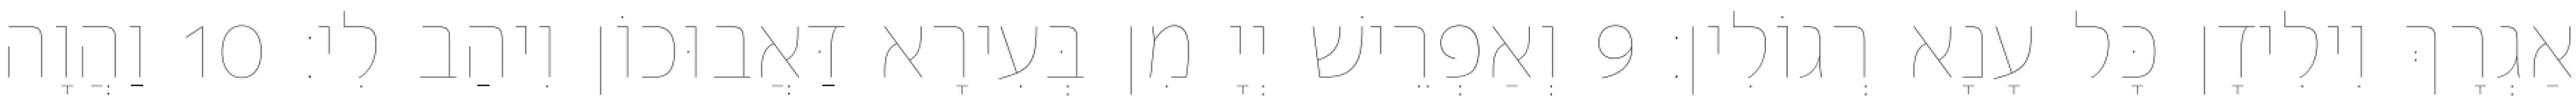
אַגְרָךְ וִילִידָן כָּל עָנָא רְגוֹלִין׃ 9 וְאַפְרֵישׁ יְיָ מִן בְּעִירָא דַּאֲבוּכוֹן וִיהַב לִי׃ 10 וַהֲוָה